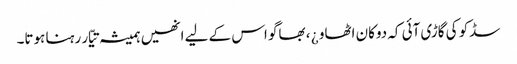
سڈکو کی گاڑی آئی کہ دوکان اٹھاو ¿ ، بھاگو اس کے لیے انھیں ہمیشہ تیّار رہنا ہوتا۔